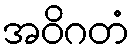
အဝိဂတံ